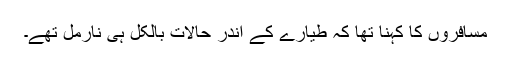
مسافروں کا کہنا تھا کہ طیارے کے اندر حالات بالکل ہی نارمل تھے۔